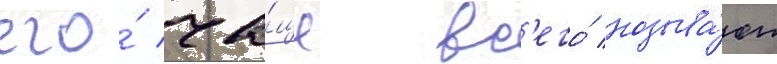
его́ ча́ще вс'его́ называ́ют